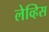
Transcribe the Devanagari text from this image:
लेव्हिस